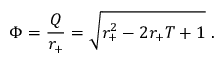
\Phi = { \frac { Q } { r _ { + } } } = \sqrt { r _ { + } ^ { 2 } - 2 r _ { + } T + 1 } \ .